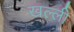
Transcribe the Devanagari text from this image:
खल्ली